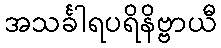
အသင်္ခါရပရိနိဗ္ဗာယီ